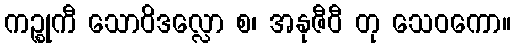
ကဉ္စုကီ သောဝိဒလ္လော စ၊ အနုဇီဝီ တု သေဝကော။